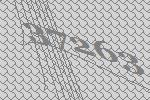
37263